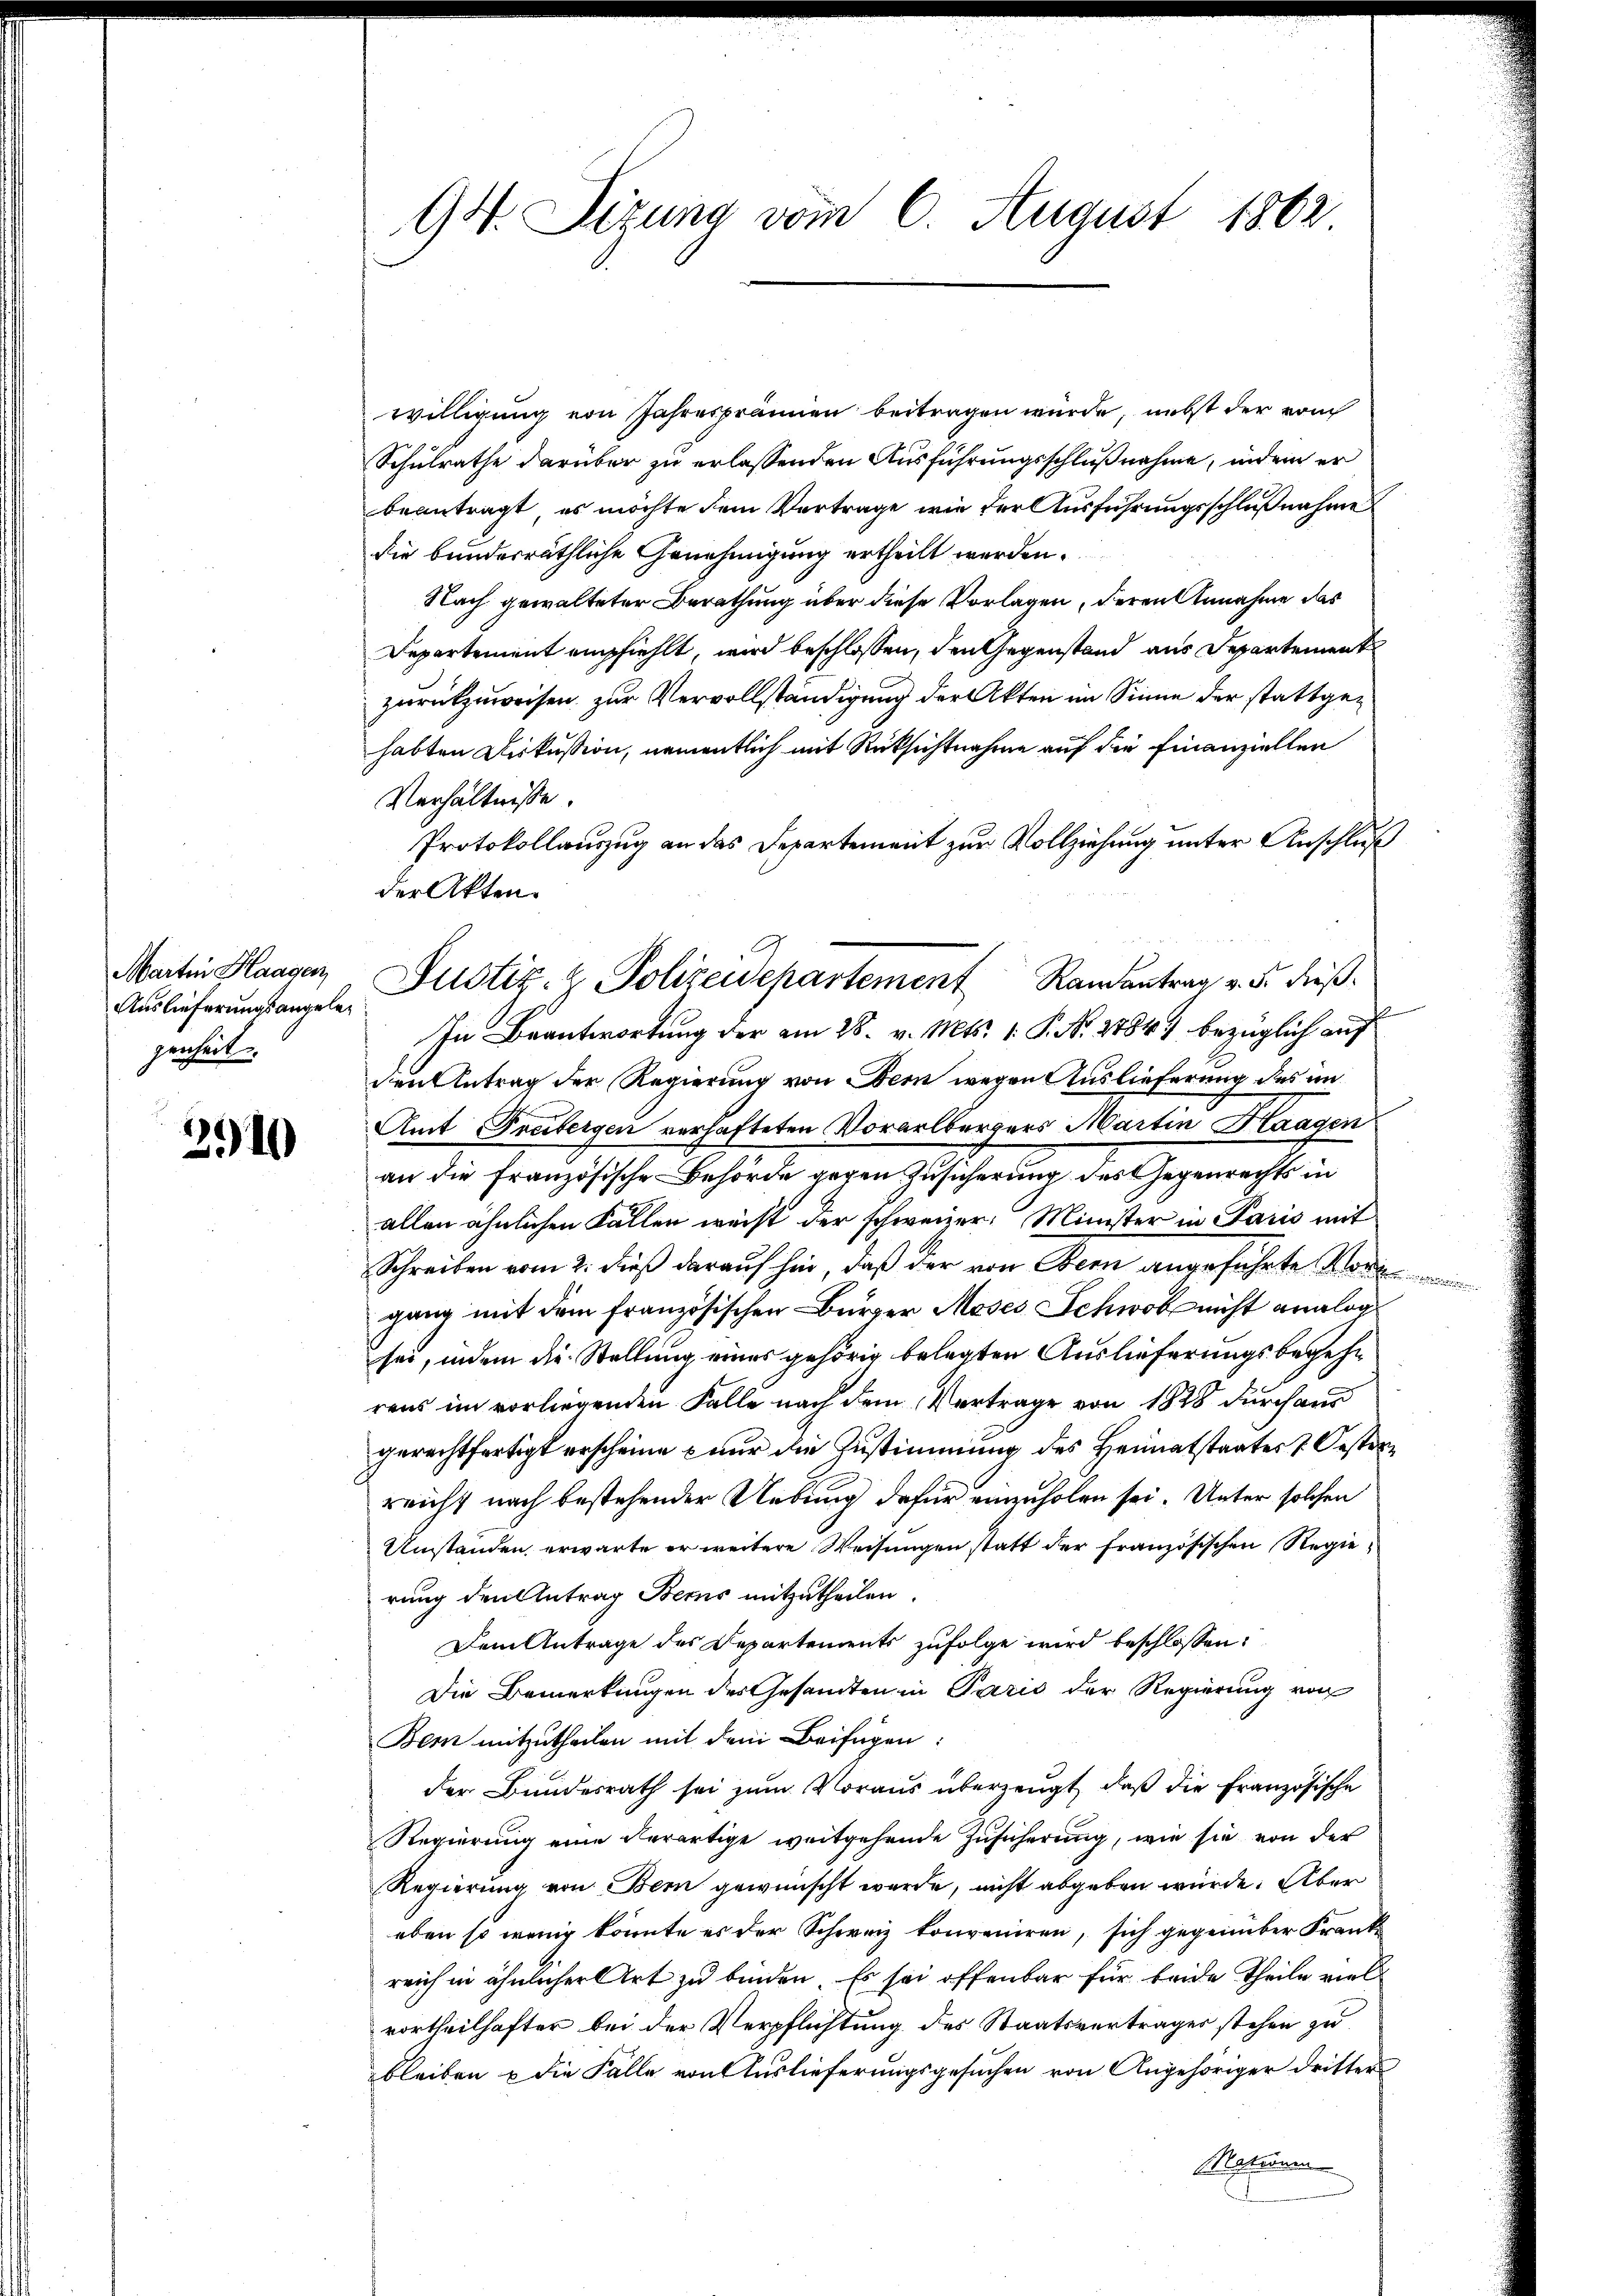
Martin Haagen
Auslieferungsangeleg
genheit.

3910

94. Sizung vom 6. August 1862

willigung von Jahrespränen beitragen würde, nebst der vom
Schulrathe darüber zu erlassenden Ausführungsschlußnahme, indem er
beantragt, es möchte dem Vortrage wie der Ausführungsschlußnahme
die bundesräthliche Genehmigung ertheilt werden.
Nach gewalteter Berathung über diese Vorlagen, deren Annahme das
Departement empfiehlt, wird beschlossen, den Gegenstand aus Departement
zurückzuweisen zur Vervollständigung der Akten im Sinne der stattgez.
habten Diskussion, namentlich mit Rücksichtnahme auf die Finanziellen
Verhältnisse.
Protokollauszug an das Departement zur Vollziehung unter Anschluß
der Akten.
In Beantwortung der am 28. v. Mts. 1. P. Nr. 1884) bezüglich auf
den Antrag der Regierung von Dein wegen Auslieferung des im
Amt Freibergen verhafteten Vorarlbergers Martin Haagen
an die Französische Behörde gegen Zusicherung des Gegenrechts in
allen ähnlichen Fällen weist der schweizer, Minister in Paris mit
Schreiben vom 2. dieß darauf hin, daß der von Obern angeführte Vor
gang mit dem französischen Bürger Moses Schwol nicht analog
sei, indem die Stellung eines gehörig belegten Auslieferungsbegehr
rens im vorliegenden Falle nach dem Vertrage von 1828 durch aus
gerechtfertigt erscheine nur die Zustimmung des Heimatstaates 7. Oestorreicht nach bestehender Uebung dafür einzuholen sei. Unter solchen
Umstanden erwarte er weitere Weisungen statt der französischen Regierung den Antrag Berns mitzutheilen.
Dem Antrage des Departements zufolge wird beschlossen:
Die Bemerkungen des Gesandten in Paris der Regierung von
Bem mitzutheilen mit dem Beifügen:
der Bundesrath sei zum Voraus überzeugt, daß die Französische
Regierung eine derartige weitgehende Zusicherung, wie sie von der
Regierung von Bern gewünscht wurde, nicht abgeben wurde. Aber
eben so wenig könnte es der Schweiz konveniren, sich gegenüber Frankreich in ähnlicher Art zu binden. Es sei offenbar für beide Theile viel
vortheilhafter bei der Verpflichtung des Staatsverträger stehen zu
bleiben u die Fälle von Auslieferungsgesuchen von Angehöriger dritter
Matronen

Justiz- & Polizeidepartement Randantrag v. 5. dieß¬